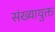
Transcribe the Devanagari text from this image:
संख्यायुक्त